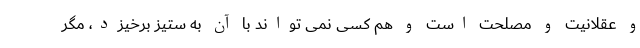
و عقلانیت و مصلحت است و هم کسی نمی تواند با آن به ستیز برخیزد، مگر